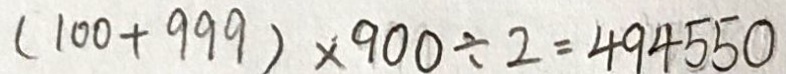
( 1 0 0 + 9 9 9 ) \times 9 0 0 \div 2 = 4 9 4 5 5 0